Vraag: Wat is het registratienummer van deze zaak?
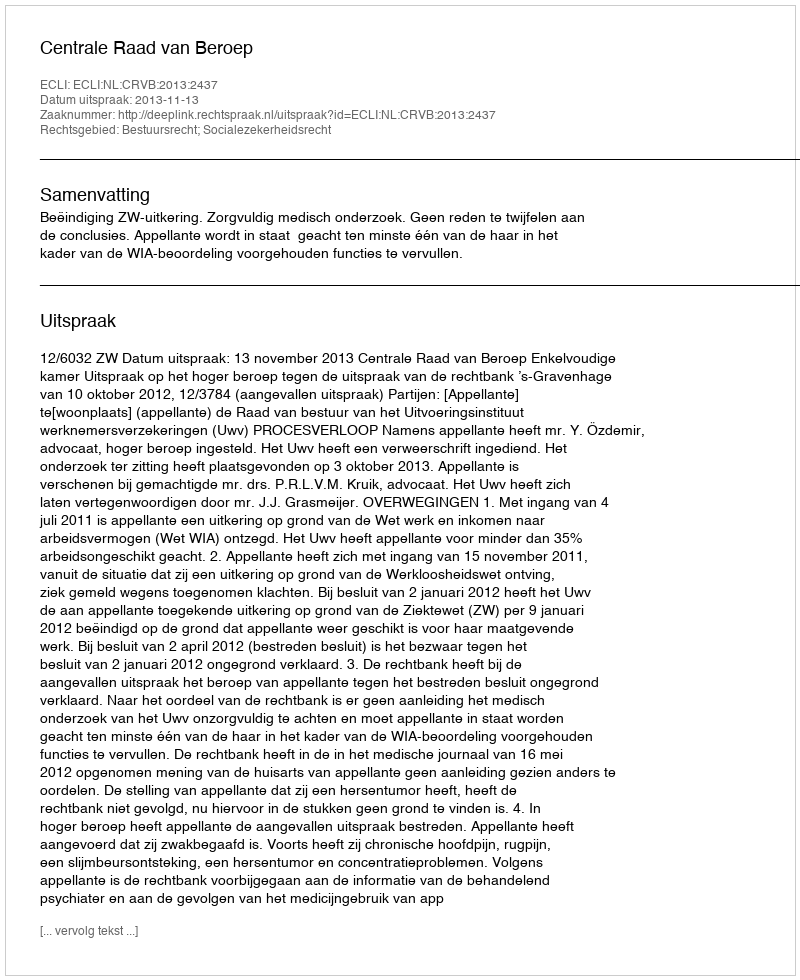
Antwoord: http://deeplink.rechtspraak.nl/uitspraak?id=ECLI:NL:CRVB:2013:2437